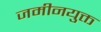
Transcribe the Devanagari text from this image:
जमीनयुक्त